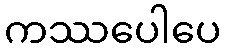
ကဿပေါပေ